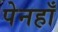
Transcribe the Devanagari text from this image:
पेनहाँ